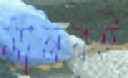
মানবই